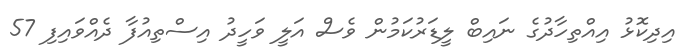
އިދިކޮޅު އިއްތިހާދުގެ ނައިބް ލީޑަރުކަމުން ވެސް އަލީ ވަހީދު އިސްތިއުފާ ދެއްވައިފި 57